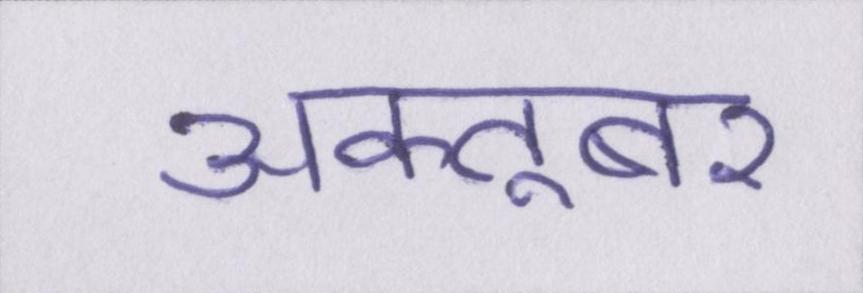
अक्तूबर